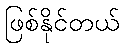
ဖြစ်နိုင်တယ်